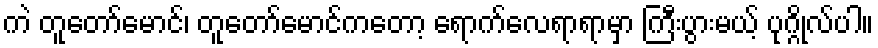
ကဲ တူတော်မောင်၊ တူတော်မောင်ကတော့ ရောက်လေရာရာမှာ ကြီးပွားမယ့် ပုဂ္ဂိုလ်ပါ။